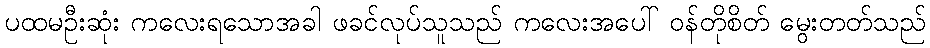
ပထမဦးဆုံး ကလေးရသောအခါ ဖခင်လုပ်သူသည် ကလေးအပေါ် ဝန်တိုစိတ် မွေးတတ်သည်